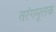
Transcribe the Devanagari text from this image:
तरंगमूलक